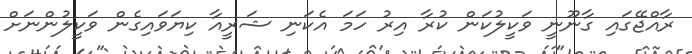
ރާއްޖޭގައި ގާނޫނީ ވަކީލުކަން ކުރާ އިރު ހަމަ އެކަނި ޝަރީއާ ކިޔަވައިގެން ވަކީލުންނަށް